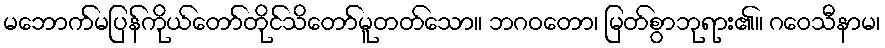
မဘောက်မပြန်ကိုယ်တော်တိုင်သိတော်မူတတ်သော။ ဘဂဝတော၊ မြတ်စွာဘုရား၏။ ဂဝေသီနာမ၊